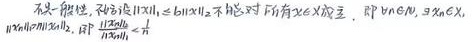
不失一般性, 不妨设 $\|T x\|_{1} \leq \|T x\|_{2}$ 不能对所有 $x \in X$ 成立, 即 $\exists N>0, \exists x_{N} \in X$, $\left\|T x_{N}\right\|_{1}>N\left\|T x_{N}\right\|_{2}$, 即 $\frac{\left\|T x_{N}\right\|_{1}}{\left\|T x_{N}\right\|_{2}}>N$